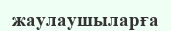
жаулаушыларға